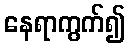
နေရာကွက်၍